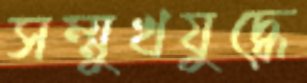
সম্মুখযুদ্ধে